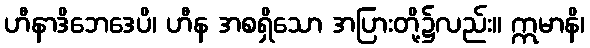
ဟီနာဒိဘေဒေပိ၊ ဟီန အစရှိသော အပြားတို့၌လည်း။ ဣမာနိ၊